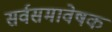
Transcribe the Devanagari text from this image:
सर्वसमावेषक